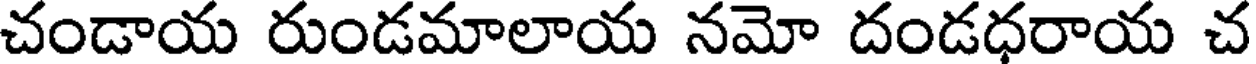
చండాయ రుండమాలాయ నమో దండధరాయ చ